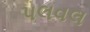
પલવલ